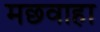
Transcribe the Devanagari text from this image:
मछवाहा